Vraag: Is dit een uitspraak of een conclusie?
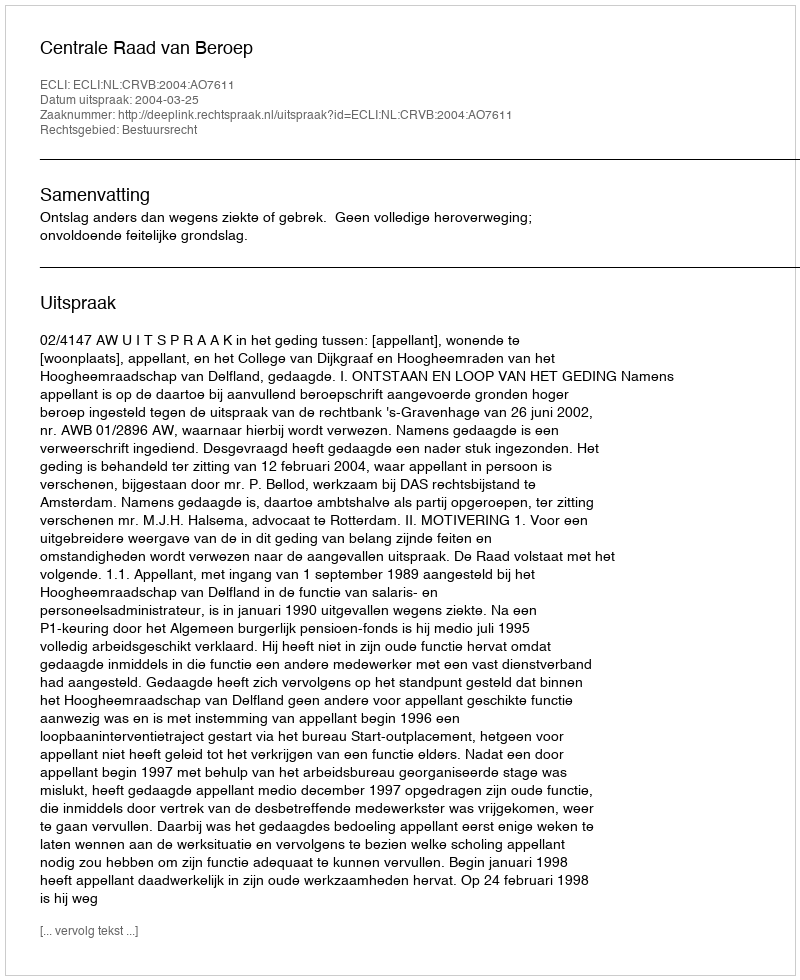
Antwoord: Uitspraak